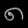
Digit: ၈